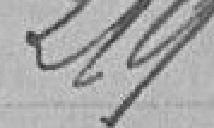
219